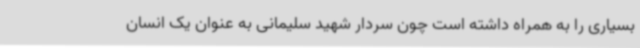
بسیاری را به همراه داشته است چون سردار شهید سلیمانی به عنوان یک انسان